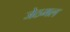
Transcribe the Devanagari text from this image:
जेठमल